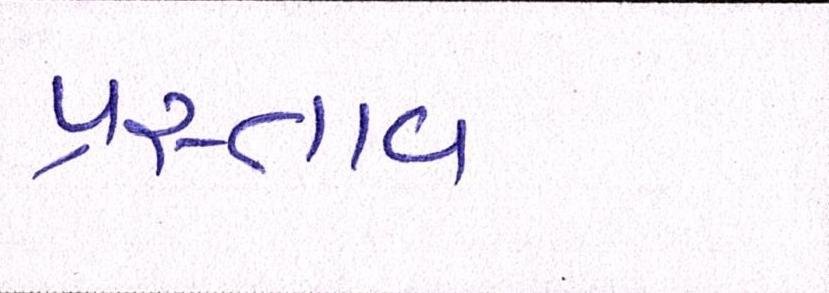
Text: પ્રસ્તાવ